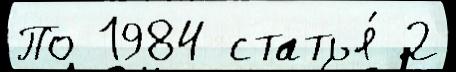
По 1984 статья́ 2